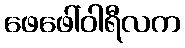
ဖေဖေါ်ဝါရီလက